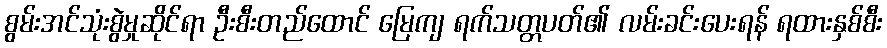
စွမ်းအင်သုံးစွဲမှုဆိုင်ရာ ဦးစီးတည်ထောင် မြေကျ ရက်သတ္တပတ်၏ လမ်းခင်းပေးရန် ရထားနှစ်စီး